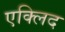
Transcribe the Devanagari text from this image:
एक्लिद